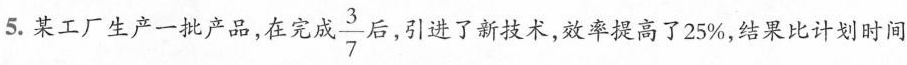
5. 某工厂生产一批产品，在完成 \frac{3}{7} 合，引进了新技术，效率提高了25%，结果比计划时间